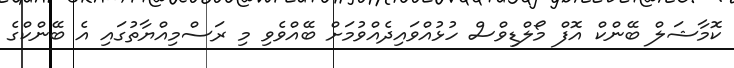
ކޮމާޝަލް ބޭންކް އޮފް މޯލްޑިވްސް ހުޅުއްވައިދެއްވުމަށް ބޭއްވެވި މި ރަސްމިއްޔާތުގައި އެ ބޭންކްގެ